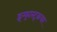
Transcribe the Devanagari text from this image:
इन्फ्रास्ट्रकचर